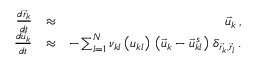
\begin{array} { r l r } { \frac { d \vec { r } _ { k } } { d t } } & { \approx } & { \vec { u } _ { k } \, , } \\ { \frac { d \vec { u } _ { k } } { d t } } & { \approx } & { - \sum _ { l = 1 } ^ { N } \nu _ { k l } \left( u _ { k l } \right) \, \left( \vec { u } _ { k } - \vec { u } _ { k l } ^ { \, s } \right) \, \delta _ { \vec { r } _ { k } , \vec { r } _ { l } } \, . } \end{array}